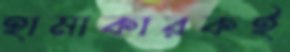
হামাকারকই